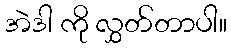
အဲဒါ ကို လွှတ်တာပါ။